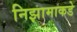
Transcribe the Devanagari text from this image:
निझामाकडे